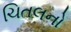
ચિતલનો